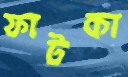
ফাটকা